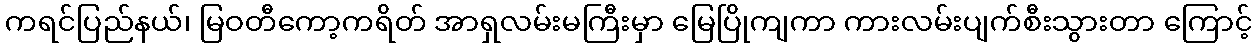
ကရင်ပြည်နယ်၊ မြဝတီကော့ကရိတ် အာရှလမ်းမကြီးမှာ မြေပြိုကျကာ ကားလမ်းပျက်စီးသွားတာ ကြောင့်